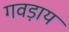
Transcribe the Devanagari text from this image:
गवड़ाय